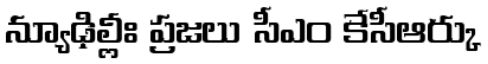
న్యూఢిల్లీః ప్రజలు సీఎం కేసీఆర్కు